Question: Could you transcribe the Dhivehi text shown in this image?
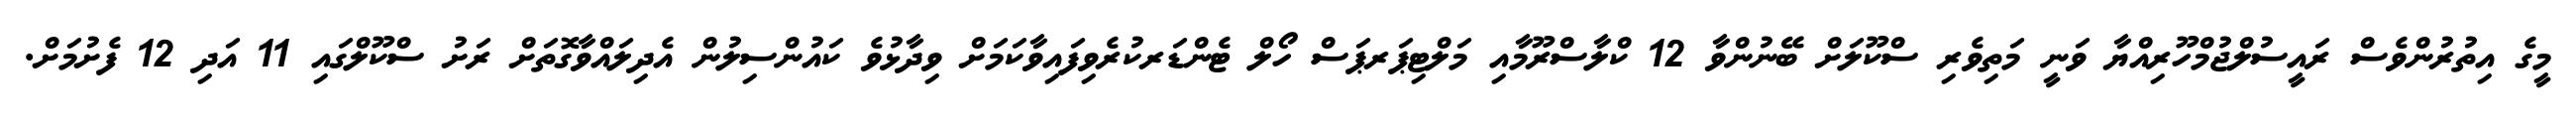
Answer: މީގެ އިތުރުންވެސް ރައީސުލްޖުމްހޫރިއްޔާ ވަނީ މަތިވެރި ސްކޫލަށް ބޭނުންވާ 12 ކްލާސްރޫމާއި މަލްޓިޕަރޕަސް ހޯލް ޓެންޑަރކުރެވިފައިވާކަމަށް ވިދާޅުވެ ކައުންސިލުން އެދިލައްވާގޮތަށް ރަށު ސްކޫލްގައި 11 އަދި 12 ފެށުމަށް.